Document type: Dowry acquittance
Year: 1427
Scribe: Pere Tarafa
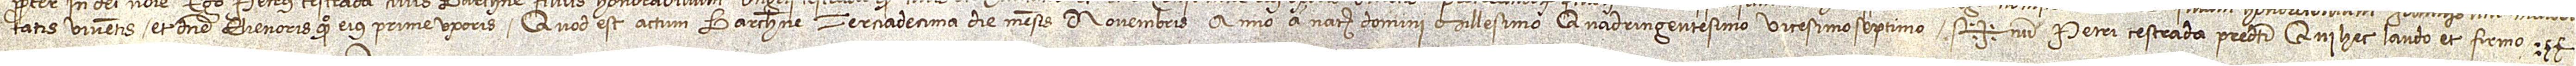
tatis, viventis, et domine Elienoris, quondam, eius prime uxoris. Quod est actum Barchinone terciadecima die mensis novembris, anno a Nativitate Domini millesimo quadringentesimo vicesimo septimo. Sig+num Petri Cestrada predicti, qui hec laudo et firmo.